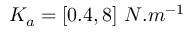
K _ { a } = [ 0 . 4 , 8 ] ~ N . m ^ { - 1 }